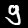
Label: 9